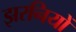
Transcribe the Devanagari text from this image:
झरनियों